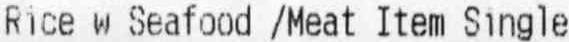
RICE W SEAFOOD /MEAT ITEM SINGLE